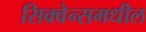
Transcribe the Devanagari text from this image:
सिक्वेन्समधील